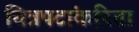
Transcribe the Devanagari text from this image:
चित्रपटांकरिता